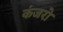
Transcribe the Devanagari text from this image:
कंजरो